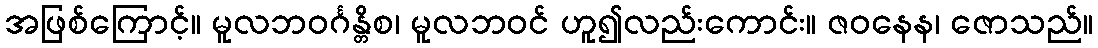
အဖြစ်ကြောင့်။ မူလဘဝင်္ဂန္တိစ၊ မူလဘဝင် ဟူ၍လည်းကောင်း။ ဇဝနေန၊ ဇောသည်။